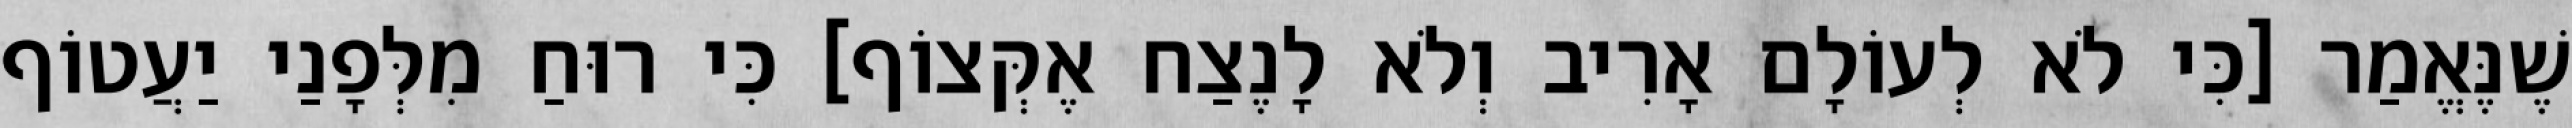
שֶׁנֶּאֱמַר [כִּי לֹא לְעוֹלָם אָרִיב וְלֹא לָנֶצַח אֶקְּצוֹף] כִּי רוּחַ מִלְּפָנַי יַעֲטוֹף